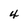
Character: 4